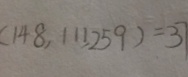
( 1 4 8 , 1 1 1 , 2 5 9 ) = 3 7